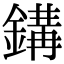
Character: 𨪋